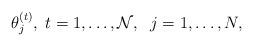
LaTeX: \begin{align*}\theta^{(t)}_j, \; t = 1, \dots, \mathcal{N},\; \; j=1, \dots, N,\end{align*}